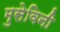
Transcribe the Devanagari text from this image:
मुसेविनी